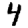
Digit: 4